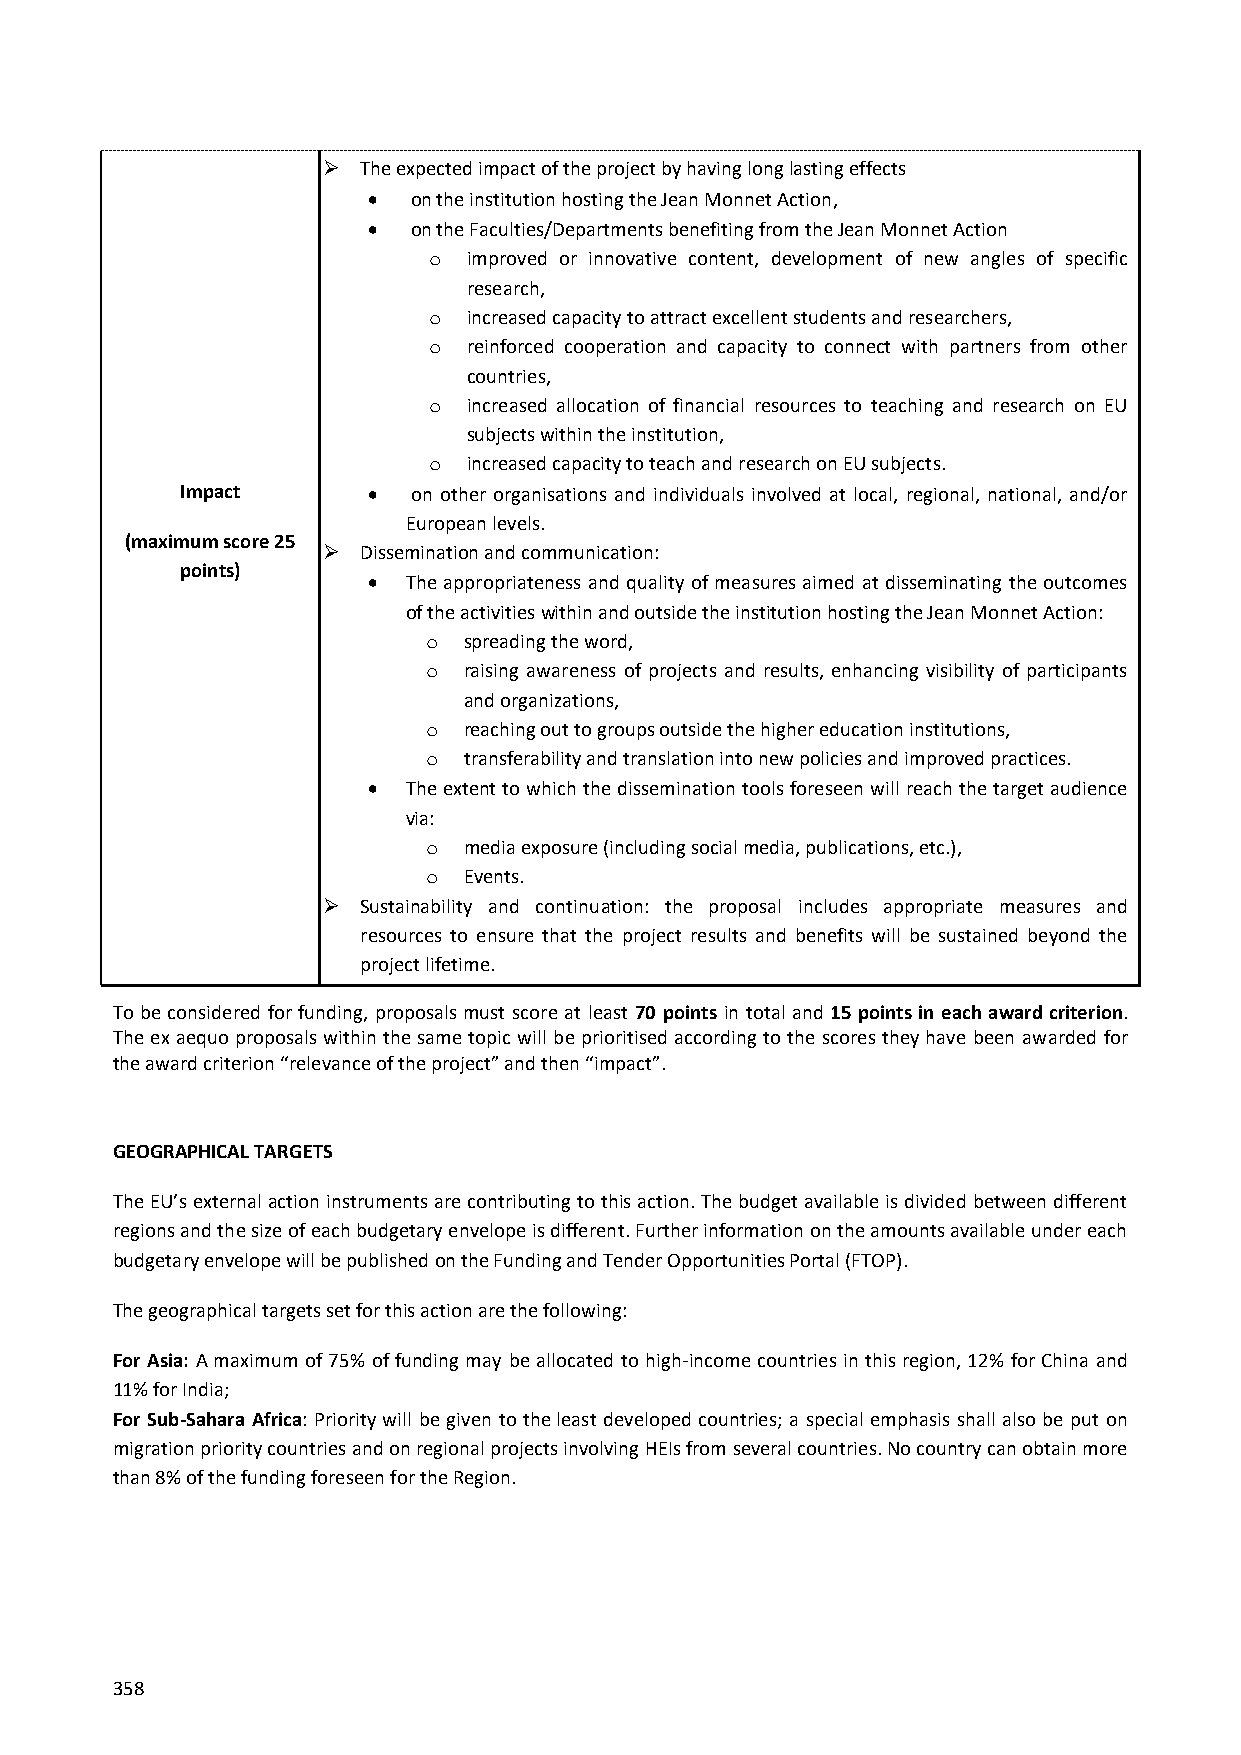
  The expected impact of the project by having long lasting effects
   on the institution hosting the Jean Monnet Action,
   on the Faculties/Departments benefiting from the Jean Monnet Action
 o  improved or innovative content, development of new angles of specific
 research,
 o  increased capacity to attract excellent students and researchers,
 o  reinforced cooperation and capacity to connect with partners from other
 countries,
 o  increased allocation of financial resources to teaching and research on EU
 subjects within the institution,
 o  increased capacity to teach and research on EU subjects.
 Impact        on other organisations and individuals involved at local, regional, national, and/or
 European levels.
 (maximum score 25
   Dissemination and communication:
 points)
   The appropriateness and quality of measures aimed at disseminating the outcomes
 of the activities within and outside the institution hosting the Jean Monnet Action:
 o  spreading the word,
 o  raising awareness of projects and results, enhancing visibility of participants
 and organizations,
 o  reaching out to groups outside the higher education institutions,
 o  transferability and translation into new policies and improved practices.
   The extent to which the dissemination tools foreseen will reach the target audience
 via:
 o  media exposure (including social media, publications, etc.),
 o  Events.
   Sustainability and continuation: the proposal includes appropriate measures and
 resources to ensure that the project results and benefits will be sustained beyond the
 project lifetime.
 To be considered for funding, proposals must score at least 70 points in total and 15 points in each award criterion.
 The ex aequo proposals within the same topic will be prioritised according to the scores they have been awarded for
 the award criterion “relevance of the project” and then “impact”.
 GEOGRAPHICAL TARGETS
 The EU’s external action instruments are contributing to this action. The budget available is divided between different
 regions and the size of each budgetary envelope is different. Further information on the amounts available under each
 budgetary envelope will be published on the Funding and Tender Opportunities Portal (FTOP).
 The geographical targets set for this action are the following:
 For Asia: A maximum of 75% of funding may be allocated to high-income countries in this region, 12% for China and
 11% for India;
 For Sub-Sahara Africa: Priority will be given to the least developed countries; a special emphasis shall also be put on
 migration priority countries and on regional projects involving HEIs from several countries. No country can obtain more
 than 8% of the funding foreseen for the Region.
 358